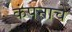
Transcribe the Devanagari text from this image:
कंपनाचे